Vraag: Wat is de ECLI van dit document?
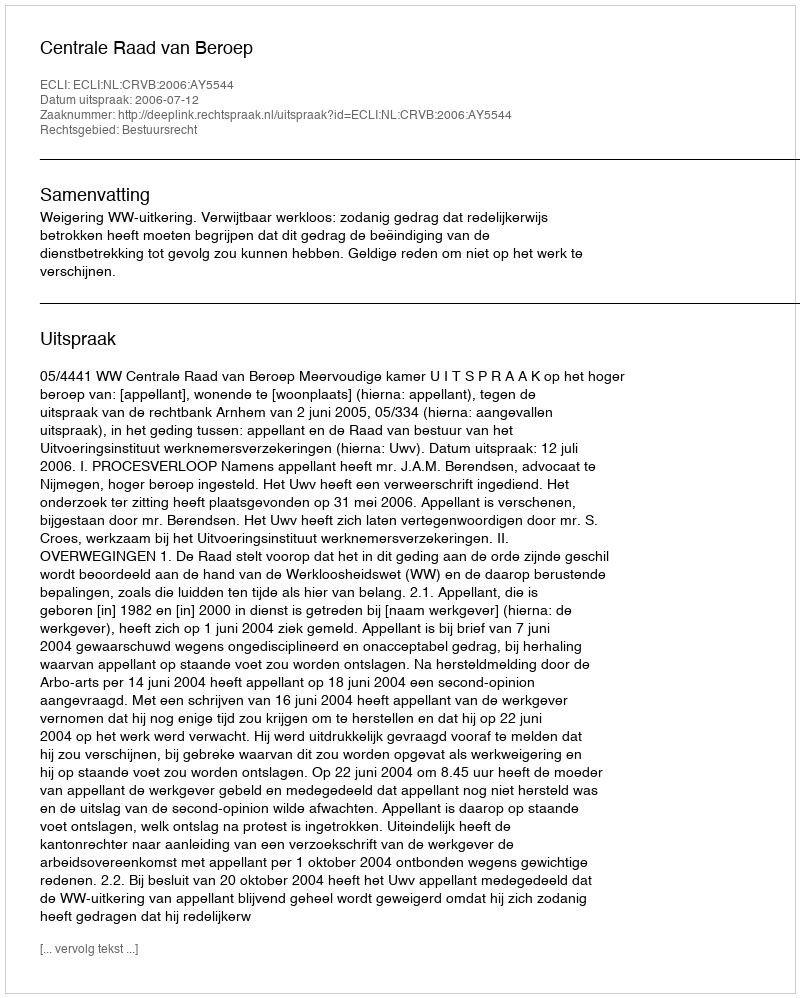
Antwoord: ECLI:NL:CRVB:2006:AY5544